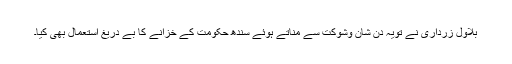
بلاول زرداری نے تویہ دِن شان وشوکت سے مناتے ہوئے سندھ حکومت کے خزانے کا بے دریغ استعمال بھی کیا۔